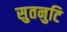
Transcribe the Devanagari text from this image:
सुतनुटि